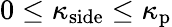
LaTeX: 0\le\kappa_{\mathrm{side}}\le\kappa_{\mathrm{p}}